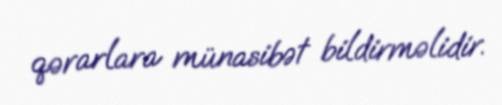
qərarlara münasibət bildirməlidir.